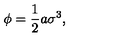
\phi = \frac { 1 } { 2 } a \sigma ^ { 3 } ,